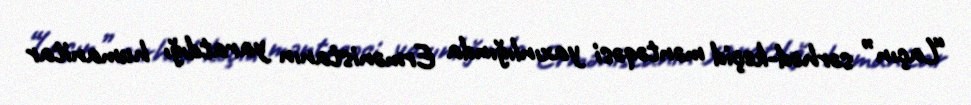
“Laçın” sərhəd-keçid məntəqəsi yaxınlığında Ermənistanın yaratdığı humanitar